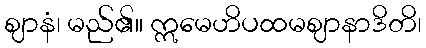
ဈာနံ၊ မည်၏။ ဣမေဟိပထမဈာနာဒိတိ၊